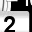
Digit: 2